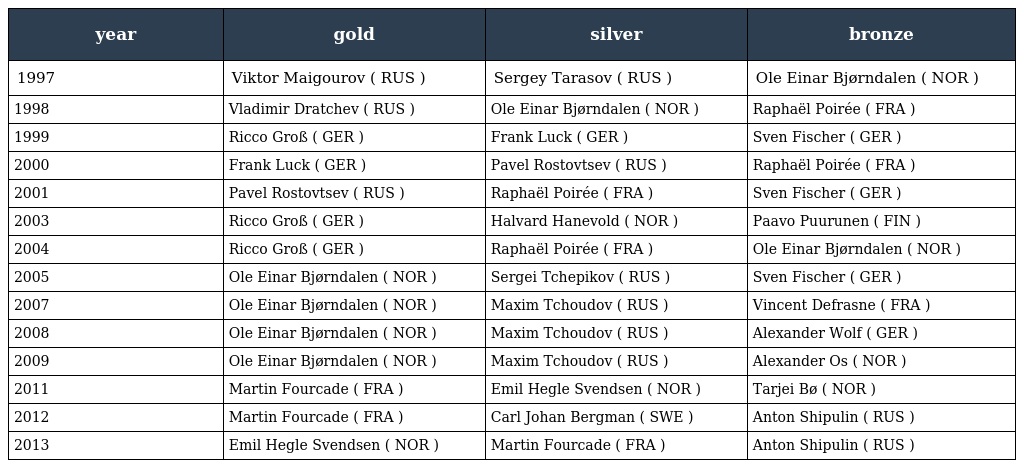
| year | gold | silver | bronze |
 | --- | --- | --- | --- |
 | 1997 | Viktor Maigourov ( RUS ) | Sergey Tarasov ( RUS ) | Ole Einar Bjørndalen ( NOR ) |
 | 1998 | Vladimir Dratchev ( RUS ) | Ole Einar Bjørndalen ( NOR ) | Raphaël Poirée ( FRA ) |
 | 1999 | Ricco Groß ( GER ) | Frank Luck ( GER ) | Sven Fischer ( GER ) |
 | 2000 | Frank Luck ( GER ) | Pavel Rostovtsev ( RUS ) | Raphaël Poirée ( FRA ) |
 | 2001 | Pavel Rostovtsev ( RUS ) | Raphaël Poirée ( FRA ) | Sven Fischer ( GER ) |
 | 2003 | Ricco Groß ( GER ) | Halvard Hanevold ( NOR ) | Paavo Puurunen ( FIN ) |
 | 2004 | Ricco Groß ( GER ) | Raphaël Poirée ( FRA ) | Ole Einar Bjørndalen ( NOR ) |
 | 2005 | Ole Einar Bjørndalen ( NOR ) | Sergei Tchepikov ( RUS ) | Sven Fischer ( GER ) |
 | 2007 | Ole Einar Bjørndalen ( NOR ) | Maxim Tchoudov ( RUS ) | Vincent Defrasne ( FRA ) |
 | 2008 | Ole Einar Bjørndalen ( NOR ) | Maxim Tchoudov ( RUS ) | Alexander Wolf ( GER ) |
 | 2009 | Ole Einar Bjørndalen ( NOR ) | Maxim Tchoudov ( RUS ) | Alexander Os ( NOR ) |
 | 2011 | Martin Fourcade ( FRA ) | Emil Hegle Svendsen ( NOR ) | Tarjei Bø ( NOR ) |
 | 2012 | Martin Fourcade ( FRA ) | Carl Johan Bergman ( SWE ) | Anton Shipulin ( RUS ) |
 | 2013 | Emil Hegle Svendsen ( NOR ) | Martin Fourcade ( FRA ) | Anton Shipulin ( RUS ) |